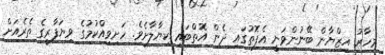
މިހާރު އިޒްޔާން ބޭނުންވަނީ އެފޮތުގައި ދެން އޮތްބައި ކިޔާލާށެވެ. ހަށިވިއްކުމުގެ ވިޔަފާރީގެ ތެރެއަށް